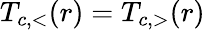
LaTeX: T_{c,<}(r)=T_{c,>}(r)